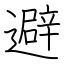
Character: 避